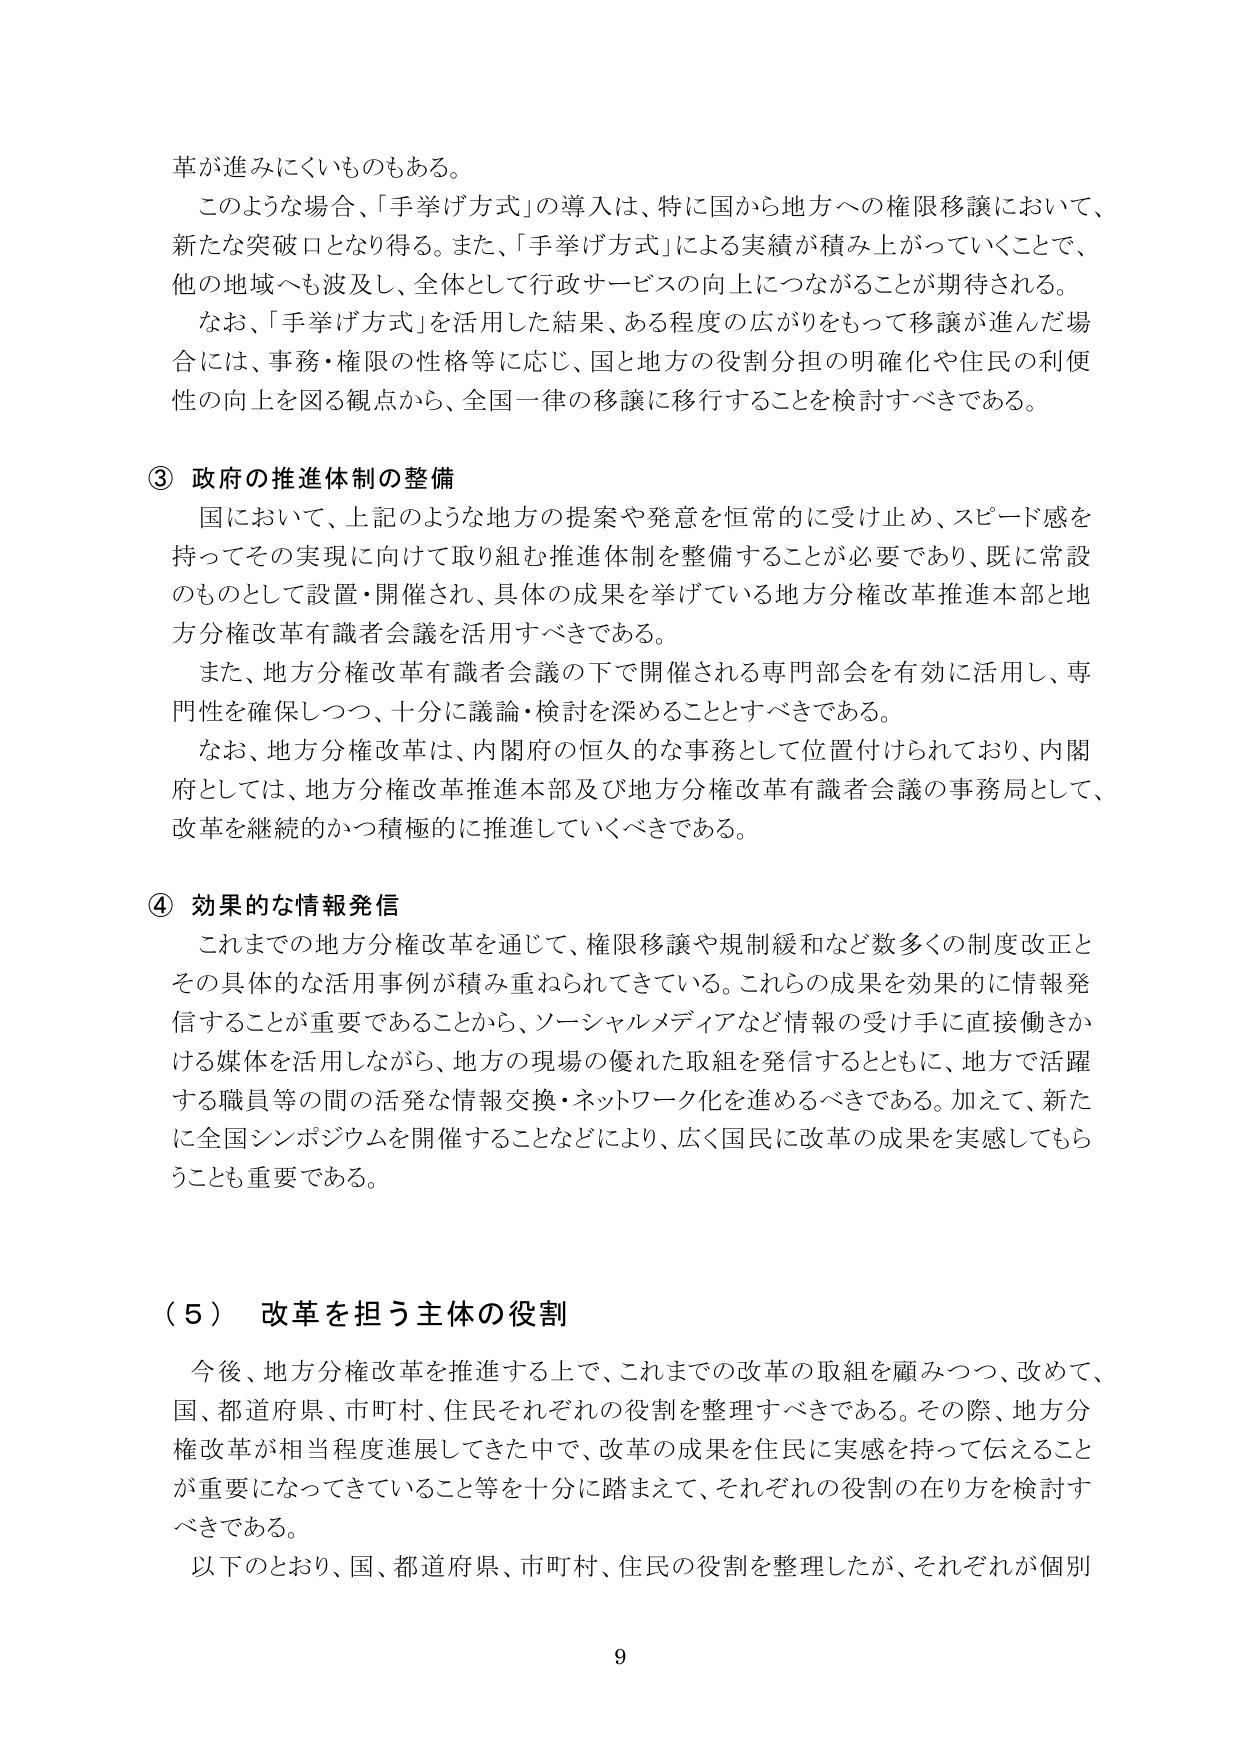
革が進みにくいものもある。

このような場合、「手挙げ方式」の導入は、特に国から地方への権限移譲において、新たな突破口となり得る。また、「手挙げ方式」による実績が積み上がっていくことで、他の地域へも波及し、全体として行政サービスの向上につながることが期待される。

なお、「手挙げ方式」を活用した結果、ある程度の広がりをもって移譲が進んだ場合には、事務・権限の性格等に応じ、国と地方の役割分担の明確化や住民の利便性の向上を図る観点から、全国一律の移譲に移行することを検討すべきである。

③ 政府の推進体制の整備

国において、上記のような地方の提案や発意を恒常的に受け止め、スピード感を持ってその実現に向けて取り組む推進体制を整備することが必要であり、既に常設のものとして設置・開催され、具体の成果を挙げている地方分権改革推進本部と地方分権改革有識者会議を活用すべきである。

また、地方分権改革有識者会議の下で開催される専門部会を有効に活用し、専門性を確保しつつ、十分に議論・検討を深めることとすべきである。

なお、地方分権改革は、内閣府の恒久的な事務として位置付けられており、内閣府としては、地方分権改革推進本部及び地方分権改革有識者会議の事務局として、改革を継続的かつ積極的に推進していくべきである。

④ 効果的な情報発信

これまでの地方分権改革を通じて、権限移譲や規制緩和など数多くの制度改正とその具体的な活用事例が積み重ねられてきている。これらの成果を効果的に情報発信することが重要であることから、ソーシャルメディアなど情報の受け手に直接働きかける媒体を活用しながら、地方の現場の優れた取組を発信するとともに、地方で活躍する職員等の間の活発な情報交換・ネットワーク化を進めるべきである。加えて、新たに全国シンポジウムを開催することなどにより、広く国民に改革の成果を実感してもらうことも重要である。

（５） 改革を担う主体の役割

今後、地方分権改革を推進する上で、これまでの改革の取組を顧みつつ、改めて、国、都道府県、市町村、住民それぞれの役割を整理すべきである。その際、地方分権改革が相当程度進展してきた中で、改革の成果を住民に実感を持って伝えることが重要になってきていること等を十分に踏まえて、それぞれの役割の在り方を検討すべきである。

以下のとおり、国、都道府県、市町村、住民の役割を整理したが、それぞれが個別

9